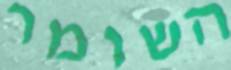
השומר